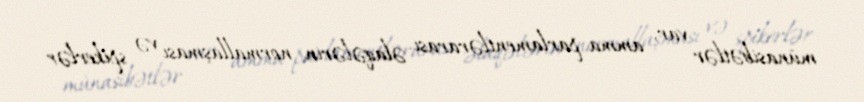
münasibətlər var, amma parlamentlərarası əlaqələrin normallaşması və spikerlər